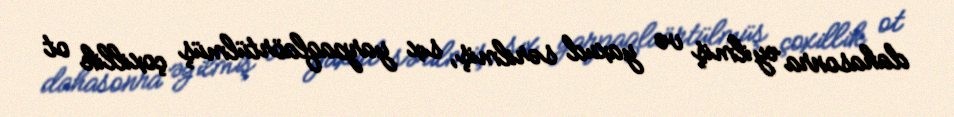
dahasonra əyilmiş və yaxud sərilmiş, sıx yarpaqlaörtülmüş çoxillik ot